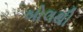
બોલથી